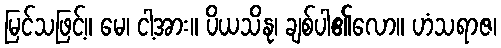
မြင်သဖြင့်။ မေ၊ ငါ့အား။ ပိယသိနု၊ ချစ်ပါ၏လော။ ဟံသရာဇ၊